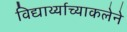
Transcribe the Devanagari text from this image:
विद्यार्थ्याच्याकलेने